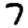
Digit: 7